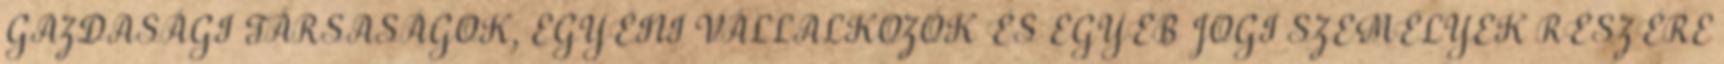
GAZDASÁGI TÁRSASÁGOK, EGYÉNI VÁLLALKOZÓK ÉS EGYÉB JOGI SZEMÉLYEK RÉSZÉRE